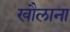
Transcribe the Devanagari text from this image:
खौलाना